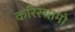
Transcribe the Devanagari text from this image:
करिस्सामो